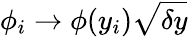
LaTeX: \phi_{i}\to\phi(y_{i})\sqrt{\delta y}